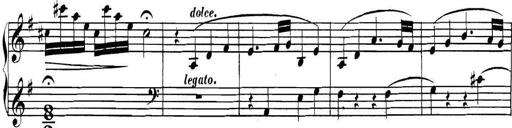
Title: Collected Piano Sonatas
Composer: Muzio Clementi